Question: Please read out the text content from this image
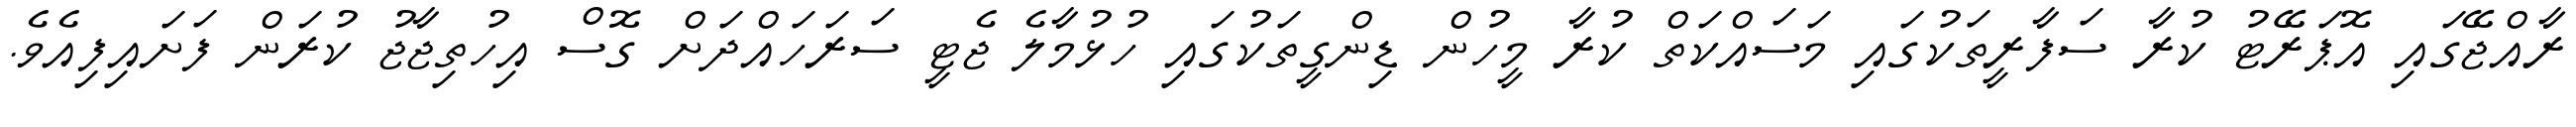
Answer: ރާއްޖޭގައި އޮޕަރޭޓު ކުރާ ސަފާރީތަކުގައި މަސައްކަތް ކުރާ މީހުން ޑިންގީތަކުގައި ހުޅުމާލެ ޖެޓީ ސަރަހައްދަށް ގޮސް އިހުތިޖާޖު ކުރަން ފަށައިފިއެވެ.